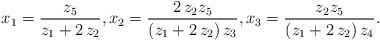
LaTeX: \begin{align*}x_1={\frac {z_{{5}}}{z_{{1}}+2\,z_{{2}}}},x_2={\frac { 2\,z_{{2}} z_5}{\left( z_{{1}}+2\,z_{{2}} \right)z_3 }},x_3={\frac { z_{{2}}z_5 }{ \left( z_{{1}}+2\,z_{{2}}\right) z_{{4}}}}.\end{align*}